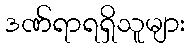
ဒဏ်ရာရရှိသူများ